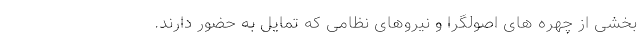
بخشی از چهره های اصولگرا و نیروهای نظامی که تمایل به حضور دارند.